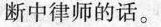
断中律师的话。